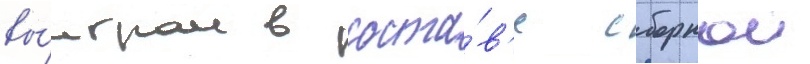
вы́играл в соста́в'е сборнои